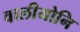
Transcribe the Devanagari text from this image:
वालीयोनि